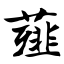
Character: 薤